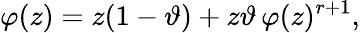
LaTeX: \varphi(z)=z(1-\vartheta)+z\vartheta\, \varphi(z)^{r+1},